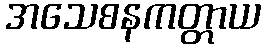
အသေစနကတ္တာယ